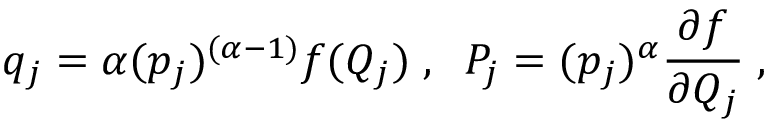
q _ { j } = \alpha ( { p _ { j } } ) ^ { ( \alpha - 1 ) } f ( Q _ { j } ) \; , \; \; P _ { j } = ( { p _ { j } } ) ^ { \alpha } \frac { \partial f } { \partial Q _ { j } } \; ,